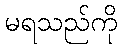
မရသည်ကို